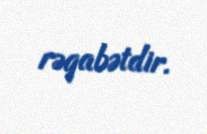
rəqabətdir.